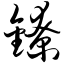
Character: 镣